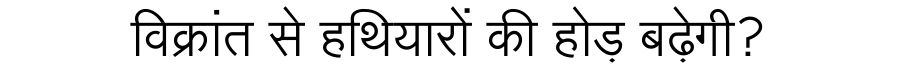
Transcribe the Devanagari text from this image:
विक्रांत से हथियारों की होड़ बढ़ेगी?